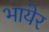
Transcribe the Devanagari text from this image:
भायेर